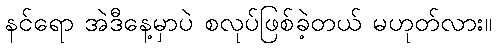
နင်ရော အဲဒီနေ့မှာပဲ စလုပ်ဖြစ်ခဲ့တယ် မဟုတ်လား။